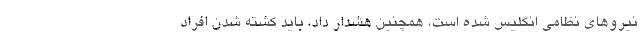
نیروهای نظامی انگلیس شده است، همچنین هشدار داد، باید کشته شدن افراد